NAE_ERA_R-30_Eesti_Riiklik_Spordiamet, lk 231
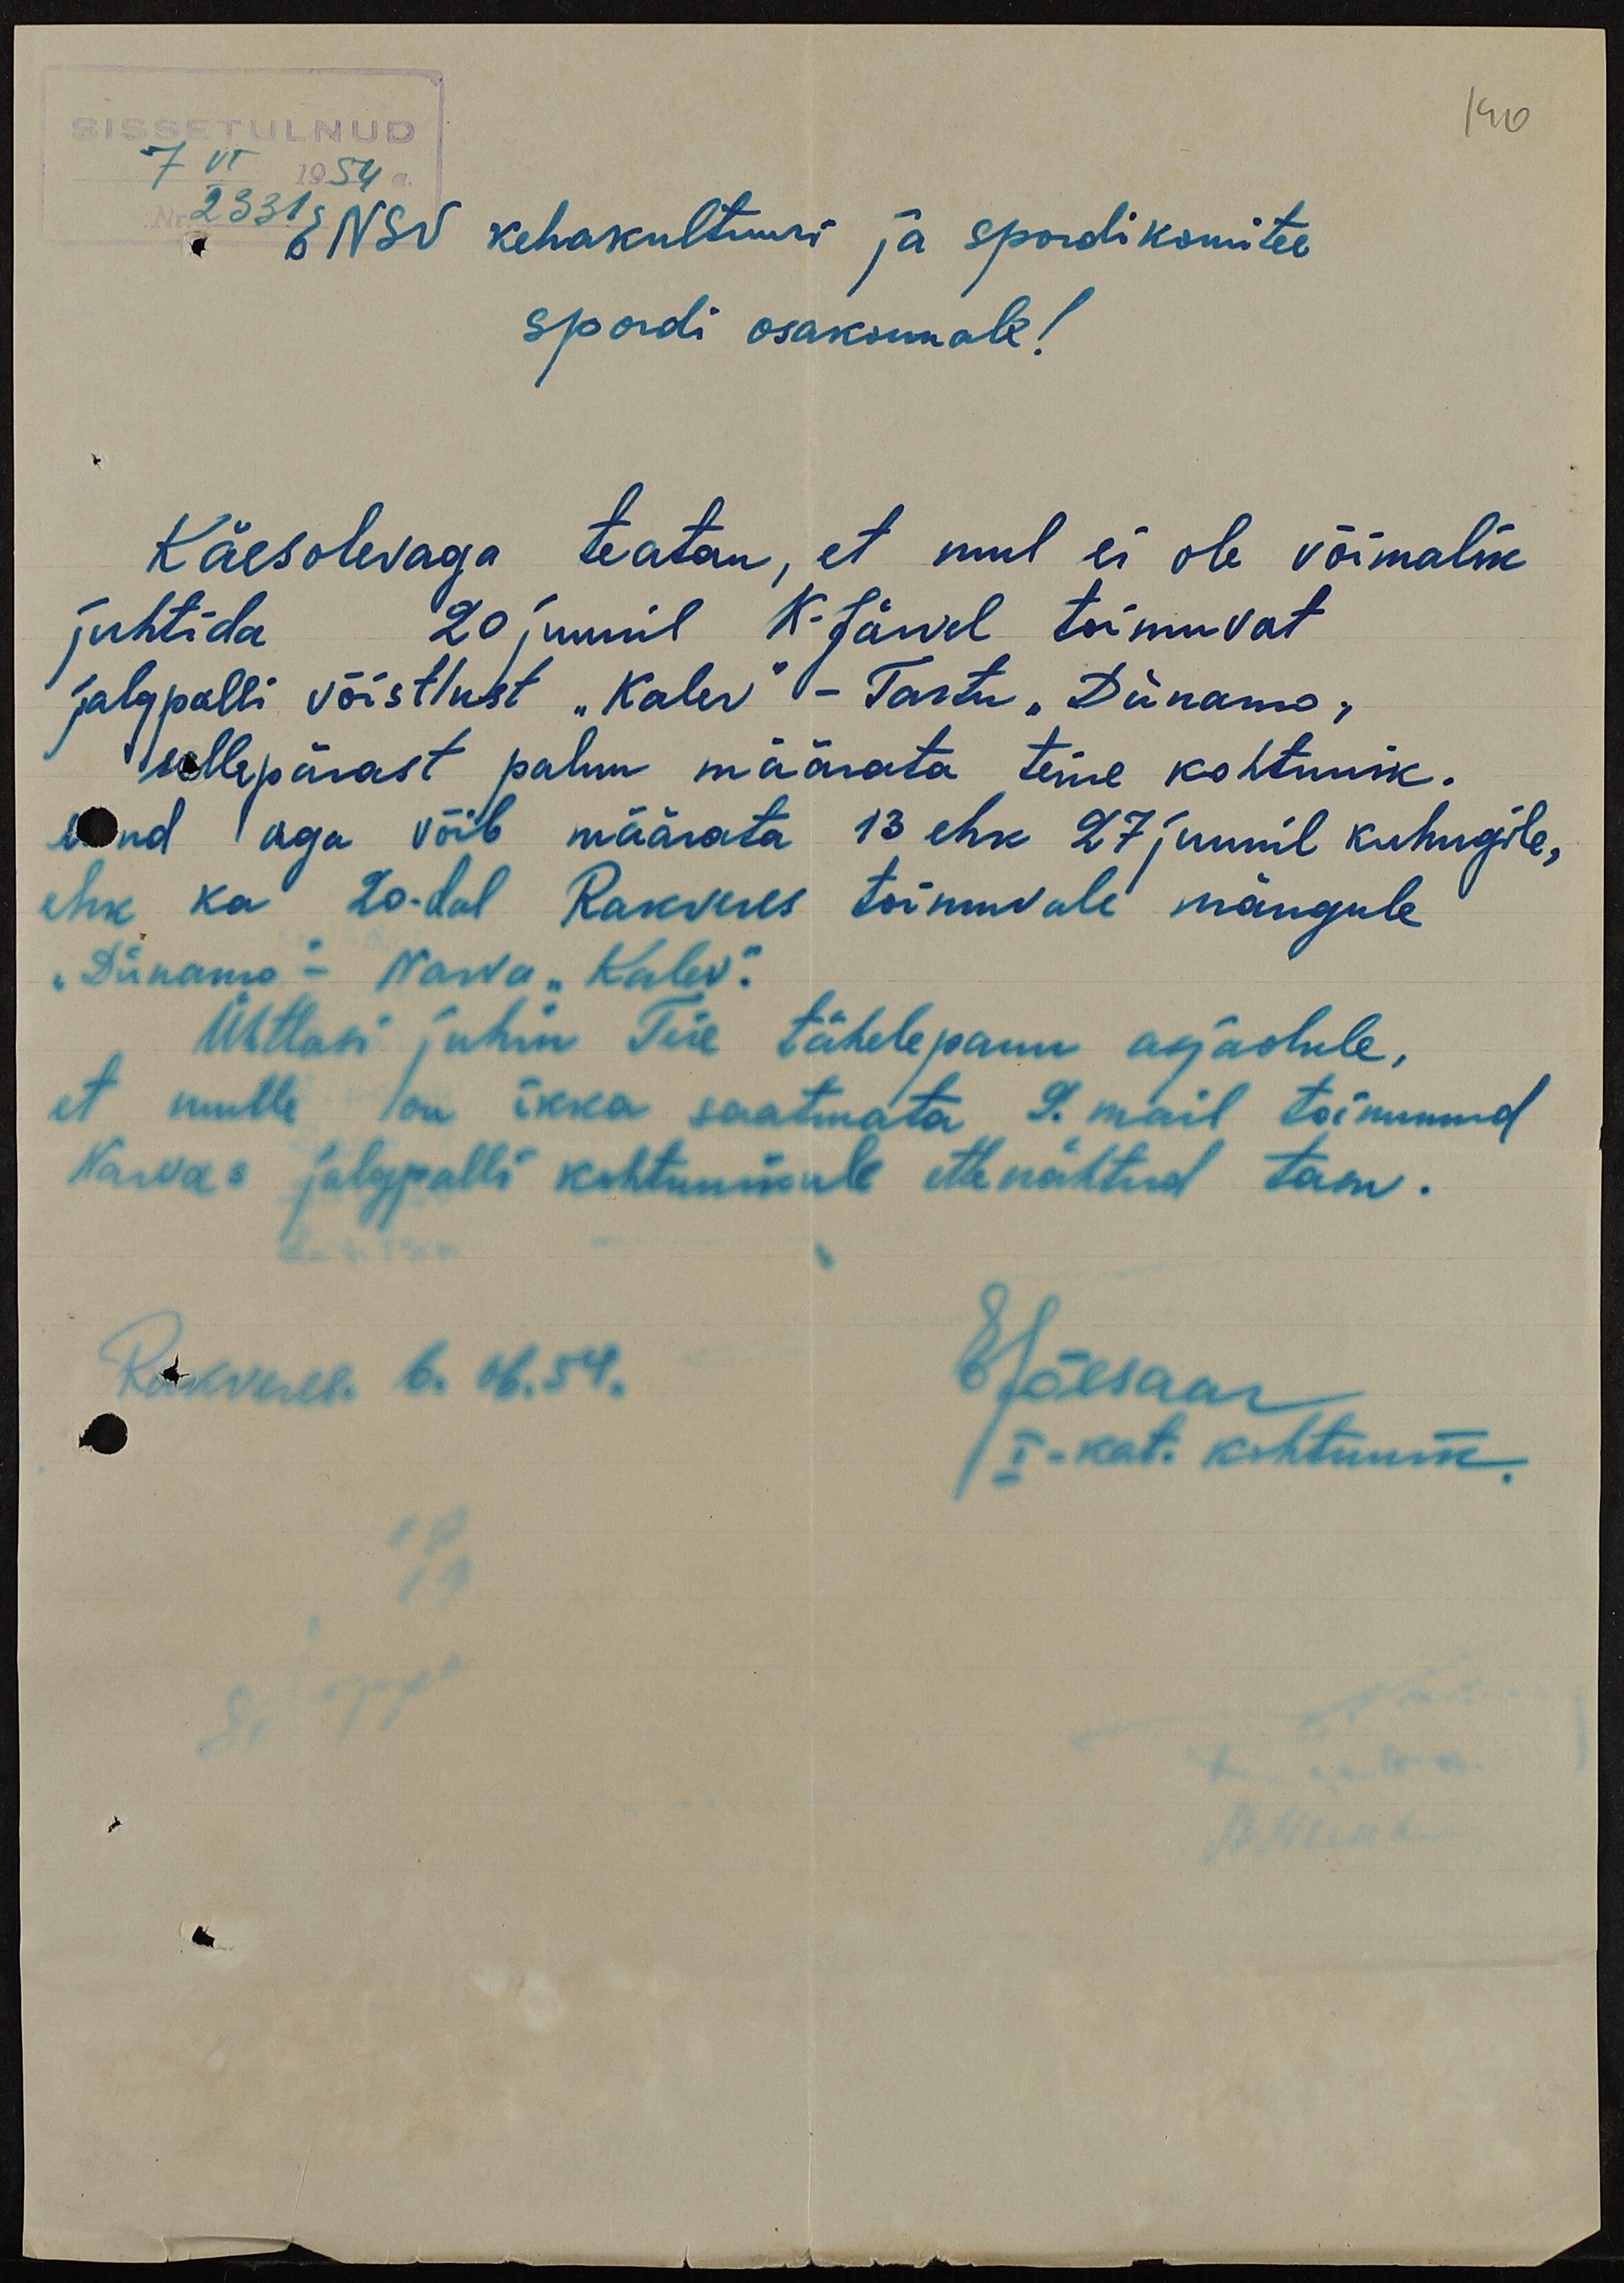
SISSETULNUD
140
7 VI 1954a.
Nr. 2331
ENSV kehakultuuri ja spordikomitee
spordi osakonnale!
Käesolevaga teatan, et mul ei ole võimalik
juhtida 20 juunil K-Järvel toimuvat
jalgpalli võistlust "Kalev" - Tartu "Dünamo.,
sellepärast palun määrata teine kohtunik.
Mind aga võib määrata 13 ehk 27 juunil kuhugile,
ehk ka 20.dal Rakveres toimuvale mängule
"Dünamo" - Narva "Kalev".
Ühtlasi juhin Teie tähelepanu asjaolule,
et mulle on ikka saatmata 9. mail toimunud
Narvas jalgpalli kohtunikule ettenähtud tasu.
Rakveres. 6.06.54.
EJõesaar
I-kat. kohtunik.